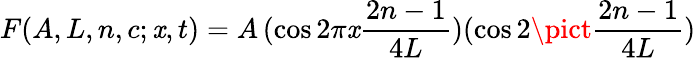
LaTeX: F(A,L,n,c;\mathit{x},t)=A\, (\cos2\pi\mathit{x}{\frac{{2n-1}}{{4L}}})(\cos2\pict{\frac{{2n-1}}{{4L}}})